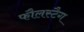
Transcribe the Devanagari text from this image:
फौलस्टैग